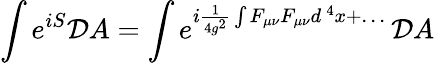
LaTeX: \int e^{iS}{\cal D}A=\int e^{i{\frac{1}{4g^{2}}}\int F_{\mu\nu}F_{\mu\nu}d^{\, 4}x+\dots}\, {\cal D}A